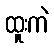
ထူးကဲ